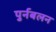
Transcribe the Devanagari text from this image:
पुर्नबलन